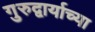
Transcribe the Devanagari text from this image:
गुरुद्वार्याच्या